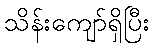
သိန်းကျော်ရှိပြီး